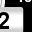
Digit: 2